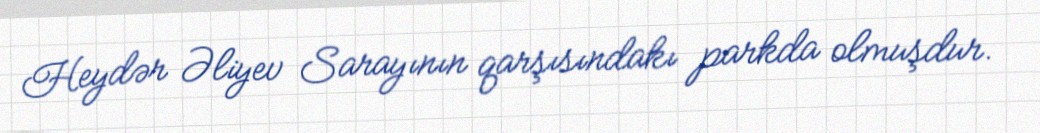
Heydər Əliyev Sarayının qarşısındakı parkda olmuşdur.